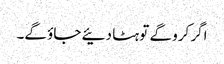
اگر کرو گے تو ہٹا دئیے جاؤ گے۔